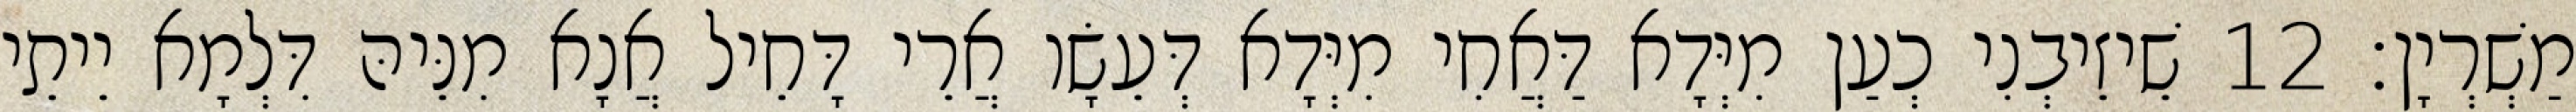
מַשְׁרְיָן׃ 12 שֵׁיזֵיבְנִי כְעַן מִיְּדָא דַּאֲחִי מִיְּדָא דְּעֵשָׂו אֲרֵי דָּחֵיל אֲנָא מִנֵּיהּ דִּלְמָא יֵיתֵי